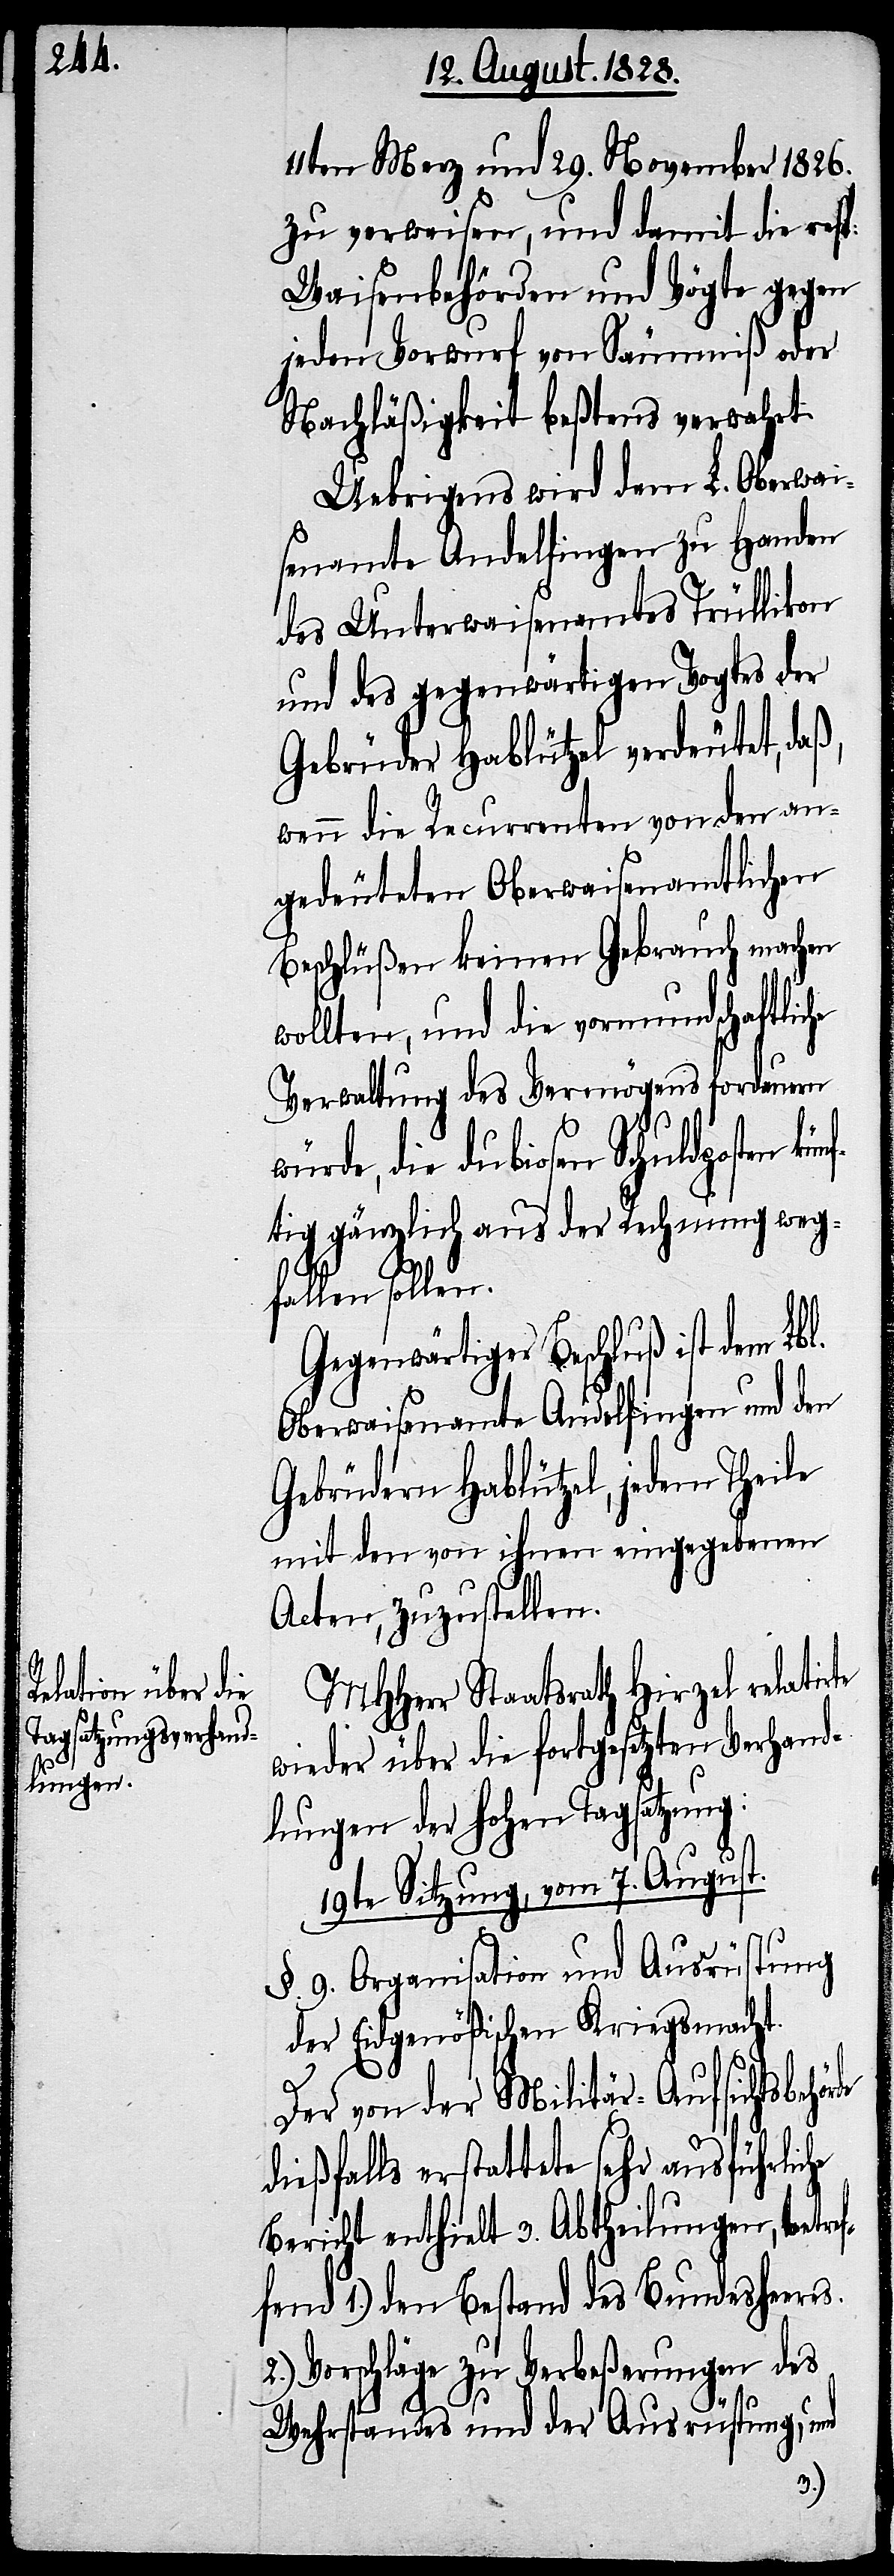
de

11ten Merz und 29. November 1826.
zu verweisen, und damit die resp:
Waisenbehörden und Vögte gegen
jeden Vorwurf von Säumniß oder
Nachläßigkeit beßtens verwahrt[.]
Uebrigens wird dem L. Oberwai¬
senamte Andelfingen zu Handen
des Unterwaisenamtes Trüllikon
und des gegenwärtigen Vogtes der
Gebrüder Hablützel verdeutet, daß,
wenn die Recurrenten von den an¬
gedeuteten Oberwaisenamtlichen
Beschlüßen keinen Gebrauch machen
wollten, und die vormundschaftliche
Verwaltung des Vermögens fordauern
ftig gänzlich aus der Rechnung weg¬
fallen sollen.
Gegenwärtiger Beschluß ist dem L¬
Oberwaisenamte Andelfingen und den
Gebrüdern Hablützel, jedem Theile
mit den von ihnen eingegebenen
Acten, zuzustellen.
MHHerr Staatsrath Hirzel relatirte
wieder über die fortgesetzten Verhand¬
lungen der hohen Tagsatzung:
19te Sitzung, vom 7. August.
§. 9. Organisation und Ausrüstung
der Eidgenößischen Kriegsmacht.
bl.
Der von der Militär-Aufsichtsbehör¬
dießfalls erstattete sehr ausführliche
Bericht enthielt 3. Abtheilungen, betref¬
fend 1.) den Bestand des Bundesheeres.
Vorschläge zu Verbeßerungen des
Wehrstandes und der Ausrüstung, und
2.)